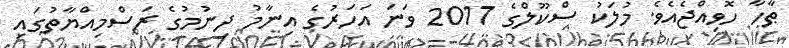
ޠާހާ ހޮވިއްޖެއެވެ. މުލަކު ސްކޫލްގެ 2017 ވަނަ އަހަރުގެ އިނާމު ދިނުމުގެ ރަސްމިއްޔާތުގައި